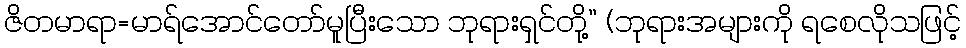
ဇိတမာရာ=မာရ်အောင်တော်မူပြီးသော ဘုရားရှင်တို့” (ဘုရားအများကို ရစေလိုသဖြင့်